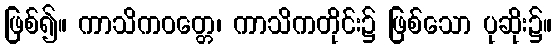
ဖြစ်၍။ ကာသိကဝတ္တေ၊ ကာသိကတိုင်း၌ ဖြစ်သော ပုဆိုး၌။